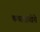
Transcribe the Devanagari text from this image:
कथाशाखेचे